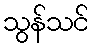
သွန်သင်